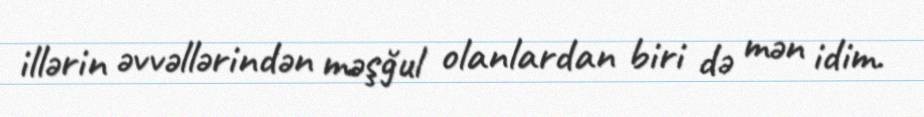
illərin əvvəllərindən məşğul olanlardan biri də mən idim.